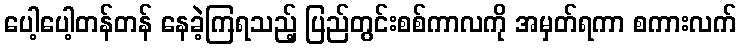
ပေါ့ပေါ့တန်တန် နေခဲ့ကြရသည့် ပြည်တွင်းစစ်ကာလကို အမှတ်ရကာ စကားလက်